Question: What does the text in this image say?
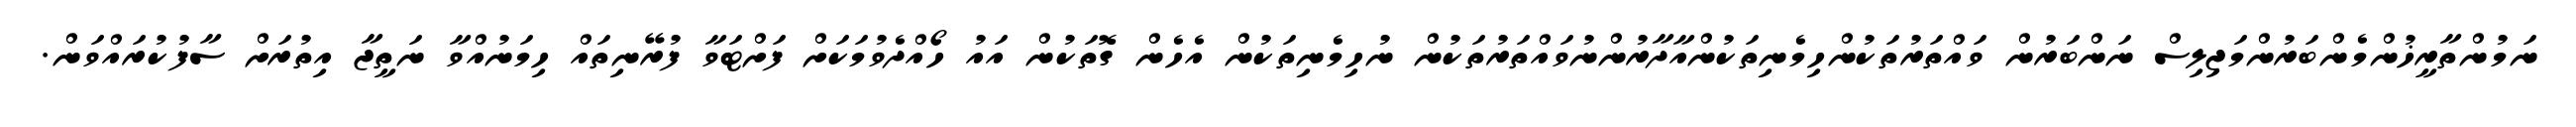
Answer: ނަމުންތާރީޚުންމެންބަރުންމަޖިލިސް ނަންބަރުން ވައްތަރުތަކުންހިމެނިތަކުންއާދާރުންނުވައްތަރުތަކުން ނުހިމެނިތަކުން އެހެން ގޮތަކުން އައު ހޯއްދެވުމަކަށް ފަށްޓަވާ ފުރޭނިތައް ހިމަނުއްވާ ނަތީޖާ އިތުރަށް ސާފުކުރައްވަން.